Lock hospitals Punjab
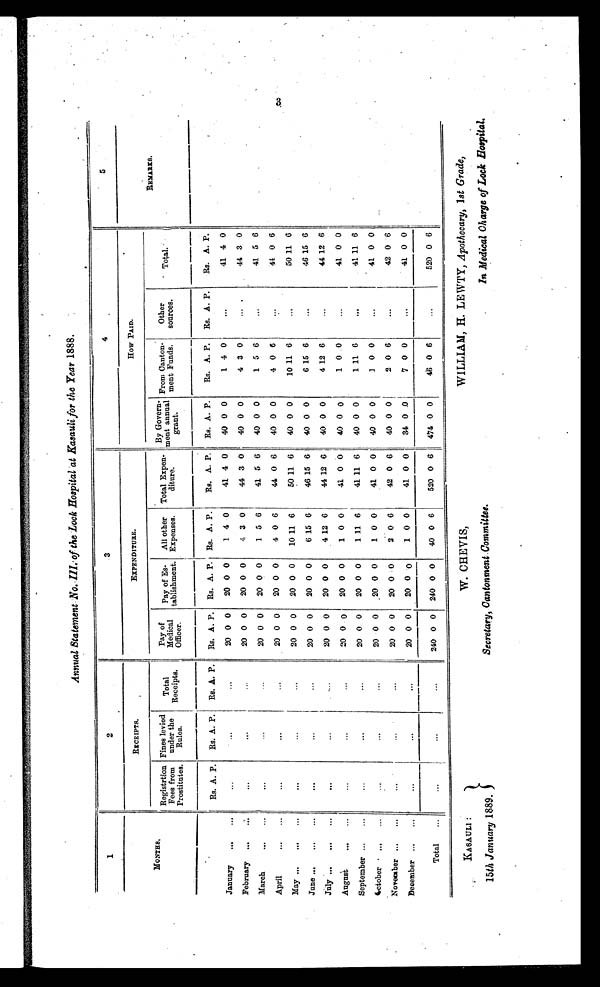
3
Annual Statement No. III of the Lock Hospital at Kasauli for the Year 1888.
1
2
3
4
5
MONTHS.
RECEIPTS.
EXPENDITURE.
How PAID.
REMARKS.
Registration
Fees
f r o m P r o s t i t u t e s .
Fines levied
under theR u l e s .
Total
Receipts.
Pay of
.
Medi cal Offi cer.
Pay of Es-
tablishment.
All other
Expenses.
Total Expen-
diture.
By Govern-
ment annual
grant.
From Canton-
ment Funds.
Other
sources.
Total.
Rs. A. P. Rs. A. P. Rs. A. P. Rs. A. P. Rs. A. P. Rs. A. P.
Rs. A. P. Rs. A. P.
Rs. A. P. Rs. A. P.
Rs. A. P.
January
. . .
. . .
...
. . .
...
20 0 0
20 0 0
1 4 0
41 4 0
40 0 0
1 4 0
. . .
41 4 0
February
. . .
. . .
. . .
...
...
20 0 0
20 0 0
4 3 0
44 3 0
40 0 0
4 3 0
...
44 3 0
M a r c h . . .
. . .
...
...
...
2 0 0 0
20 0 0
1 5 6
41 5 6
40 0 0
1 5 6
. . .
41 5 6
April
. . .
. . .
. . .
. . .
...
20 0 0
20 0 0
4 0 6
44 0 6
40 0 0
4 0 0
. . .
44 0 6
May ...
...
. . .
. . .
. . . 20 0 0
20 0 0
10 11 6
50 11 6
40 0 0
10 11 6
. . .
50 11 6
June ...
..
. . .
. . .
...
...
20 0 0
20 0 0
6 15 6
46 15 6
40 0 0
6 15 6
. . .
46 15 6
July ...
..
. . .
. . .
...
. . . 20 0 0
20 0 0
4 12 6
44 12 6 I
40 0 0
4 12 6
...
44 12 6
August
. . .
. . .
. . .
. . .
. . . 20 0 0
20 0 0
1 0 0
41 0 0
40 0 0
1 0 0
...
41 0 0
September . . .
. . .
...
...
...
20 0 0
20 0 0
1 11 6
41 11 6
40 0 0 1 11 6
. . .
41 11 6
October
. . .
. . .
. . .
...
...
20 0 0
20 0 0
1 0 0
41 0 0
40 0 0
1 0 0
...
41 0 0
November . . .
. . .
. . .
...
...
20 0 0
20 0 0
2 0 6
42 0 6
40 0 0
2 0 6
...
42 0 6
December . . .
...
. . .
. . .
...
20 0 0
20 0 0
1 0 0
41 0 0
34 0 0
7 0 0
...
41 0 0
Total
...
...
...
240 0 0 240 0 0
40 0 6
520 0 6
474 0 0
46 0 6
...
520 0 6
3
KASAULI :
15th January 1889.
W. CHEVIS,
Secretary, Cantonment Committee.
WILLIAM, H. LEWTY, Apothecary, 1st Grade,
In Medical Charge of Lock Hospital.